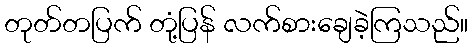
တုတ်တပြက် တုံ့ပြန် လက်စားချေခဲ့ကြသည်။